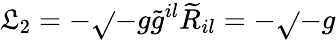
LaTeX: \mathfrak{L}_{2}=-\sqrt{}{{-g}}\widetilde{{g}}^{il}\widetilde{{R}}_{il}=-\sqrt{}{{-g}}